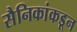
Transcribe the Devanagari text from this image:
सैनिकांकडून